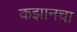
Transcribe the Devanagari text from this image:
कझानचा